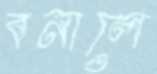
বনালে